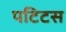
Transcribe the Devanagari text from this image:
पटिटस